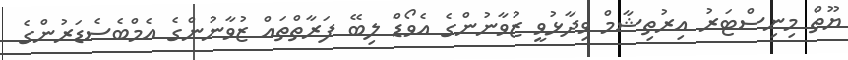
ޔޫތް މިނިސްޓަރު އިރުތިޝާމް ވިދާޅުވީ ޒުވާނުންގެ އެވޯޑް ލިބޭ ފަރާތްތައް ޒުވާނުންގެ އެމްބެސެޑަރުންގެ